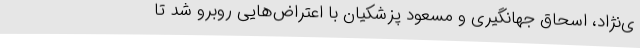
ی‌نژاد، اسحاق جهانگیری و مسعود پزشکیان با اعتراض‌هایی روبرو شد تا